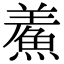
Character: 鮺